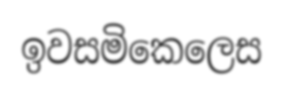
ඉවසමිකෙලෙස